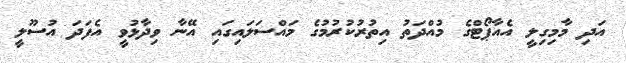
އަދި މާމިގިލީ އެއާޕޯޓްގެ މުއްދަތު އިތުރުކުރުމުގެ މައްސަލައިގައި އޭނާ ވިދާޅުވީ އެފަދަ އުސޫލީ